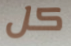
كل